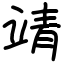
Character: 靖